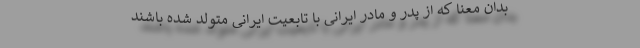
بدان معنا که از پدر و مادر ایرانی با تابعیت ایرانی متولد شده باشند